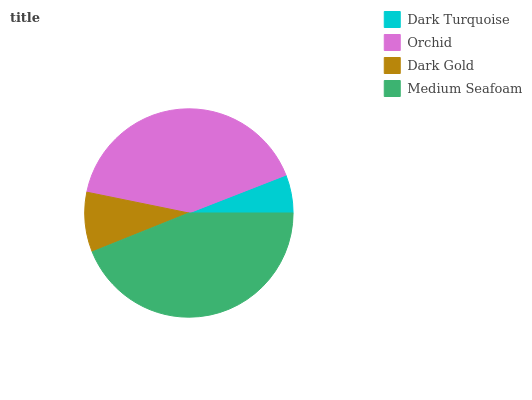
| Dark Turquoise | Orchid | Dark Gold | Medium Seafoam |
 | --- | --- | --- | --- |
 | 5.92% | 40.9% | 9.28% | 43.9% |